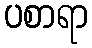
ပစာရာ